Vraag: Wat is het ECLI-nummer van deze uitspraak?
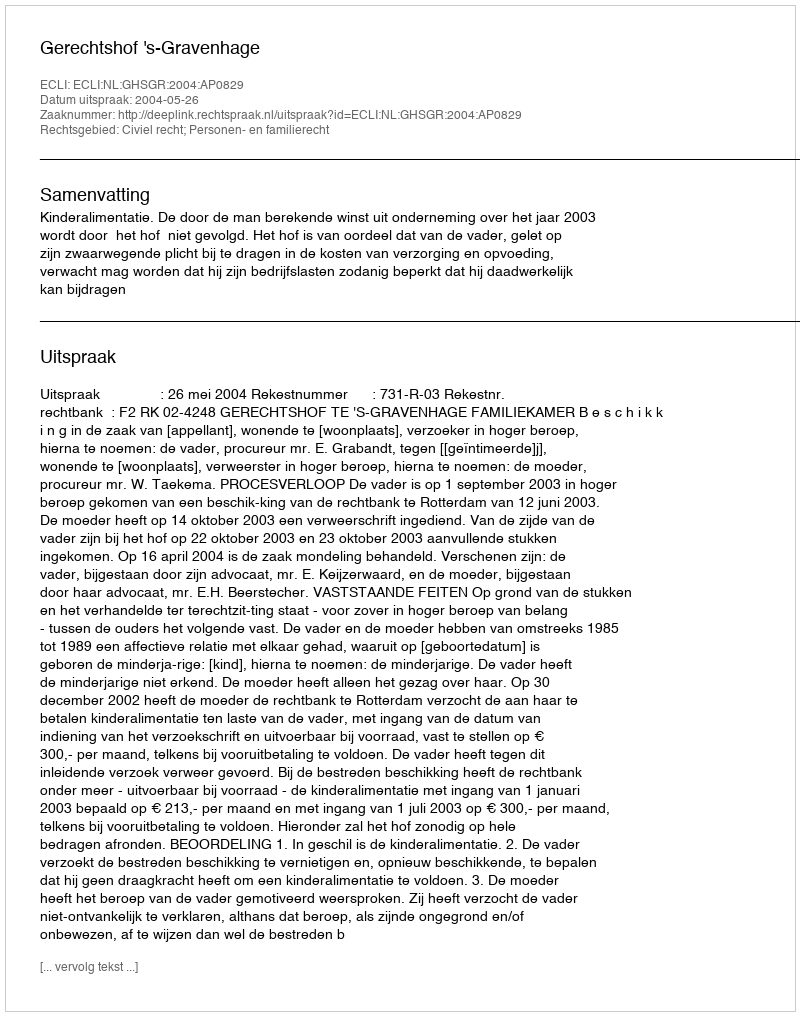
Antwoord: ECLI:NL:GHSGR:2004:AP0829